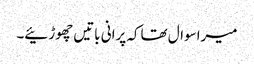
میراسوال تھاکہ پرانی باتیں چھوڑئیے۔